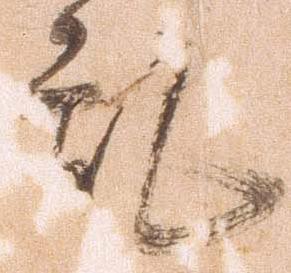
乱